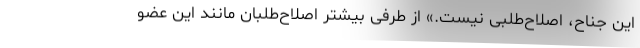
این جناح، اصلاح‌طلبی نیست.» از طرفی بیشتر اصلاح‌طلبان مانند این عضو